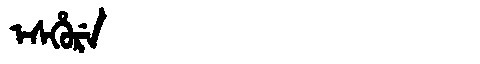
Manchu: ᡝᠰᡥᡠᡵᡝ
Romanization: ESHURE